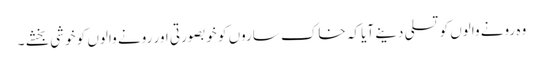
وہ رونے والوں کو تسلی دینے آیا کہ خاک ساروں کو خوبصورتی اور رونے والوں کو خوشی بخشے ۔